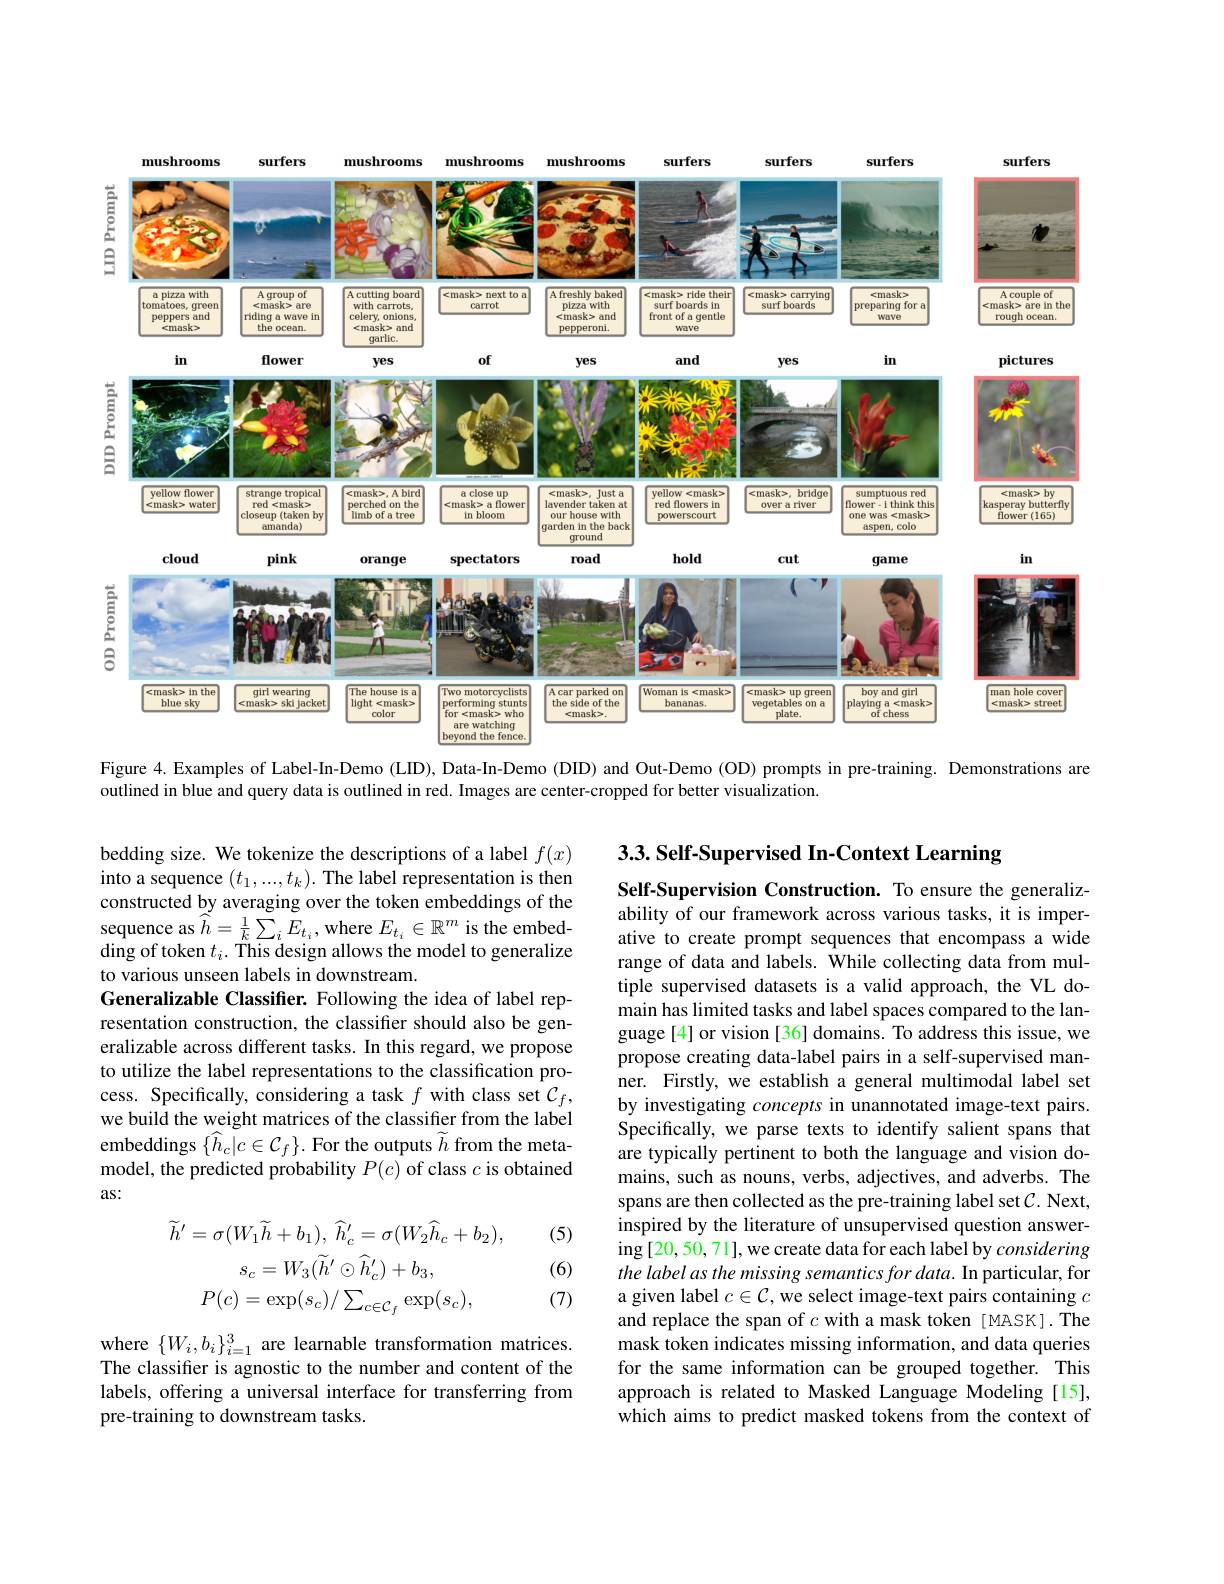
<FigureHere>

Figure 4. Examples of Label-In-Demo (LID), Data-In-Demo (DID) and Out-Demo (OD) prompts in pre-training. Demonstrations are

outlined in blue and query data is outlined in red. Images are center-cropped for better visualization.

3.3. Self- Supervised In- Context Learning

bedding size. We tokenize the descriptions of a label $f(x)$ into a sequence $(t_1,...,t_k).$ The label representation is then constructed by averaging over the token embeddings of the sequence as $\hat{h}=\frac1k\sum_iE_{t_i}$,where $E_t_i\in\mathbb{R}^m$ is the embedding of token $t_i.$ This design allows the model to generalize to various unseen labels in downstream.
Generalizable Classifier. Following the idea of label representation construction, the classifier should also be generalizable across different tasks. In this regard, we propose to utilize the label representations to the classification process. Specifically, considering a task $f$ with class set $\mathcal{C}_f$, we build the weight matrices of the classifier from the label embeddings $\{\hat{h}_{c}|c\in\mathcal{C}_{f}\}.$ For the outputs $\widetilde{h}$ from the metamodel, the predicted probability $P(c)$ of class $c$ is obtained as:

Self-Supervision Construction. To ensure the generalizability of our framework across various tasks, it is imperative to create prompt sequences that encompass a wide range of data and labels. While collecting data from multiple supervised datasets is a valid approach, the VL domain has limited tasks and label spaces compared to the language[4] or vision[36] domains. To address this issue, we propose creating data-label pairs in a self-supervised manner. Firstly, we establish a general multimodal label set by investigating concepts in unannotated image-text pairs. Specifically, we parse texts to identify salient spans that are typically pertinent to both the language and vision domains, such as nouns, verbs, adjectives, and adverbs. The spans are then collected as the pre-training label set$\mathcal{C}.$ Next, inspired by the literature of unsupervised question answer- $\operatorname{ing}[20,50,71]$, we create data for each label by considering the label as the missing semantics for data. In particular, for a given label $c\in\mathcal{C}$, we select image-text pairs containing $c$ and replace the span of $c$ with a mask token [MASK].The mask token indicates missing information, and data queries for the same information can be grouped together. This approach is related to Masked Language Modeling [15], which aims to predict masked tokens from the context of

(5)
$$\widetilde{h}^{\prime}=\sigma(W_{1}\widetilde{h}+b_{1}),\:\widehat{h}_{c}^{\prime}=\sigma(W_{2}\widehat{h}_{c}+b_{2}),\\s_{c}=W_{3}(\widetilde{h}^{\prime}\odot\widehat{h}_{c}^{\prime})+b_{3},\\P(c)=\exp(s_{c})/\sum_{c\in\mathcal{C}_{f}}\exp(s_{c}),$$
(6)

(7)

where $\{W_i,b_i\}_{i=1}^3$ are learnable transformation matrices. The classifter is agnostic to the number and content of the labels, offering a universal interface for transferring from pre-training to downstream tasks.